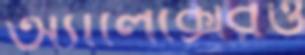
অ্যালেক্সেরও